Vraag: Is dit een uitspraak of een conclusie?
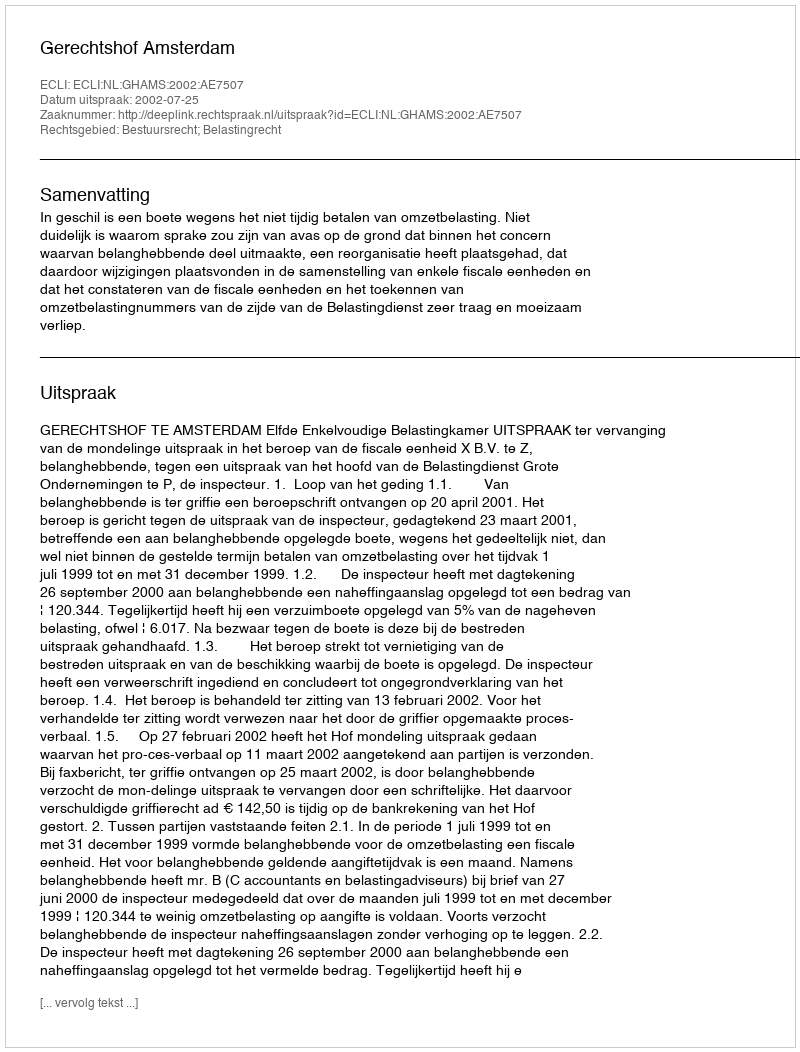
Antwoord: Uitspraak